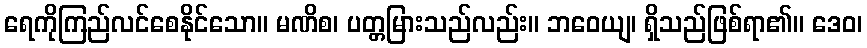
ရေကိုကြည်လင်စေနိုင်သော။ မဏိစ၊ ပတ္တမြားသည်လည်း။ ဘဝေယျ၊ ရှိသည်ဖြစ်ရာ၏။ ဒေဝ၊